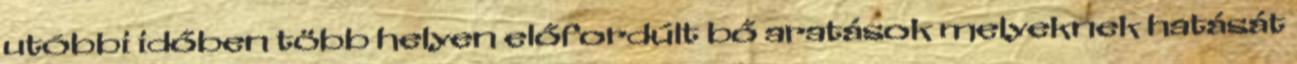
utóbbi időben több helyen előfordúlt bő aratások melyeknek hatását